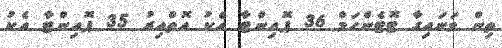
ތިން ވަނައިގާ ޓޮޓެންހަމް 36 ޕޮއިންޓާ އެކު އޮތްއިރު 35 ޕޮއިންޓާ އެކު